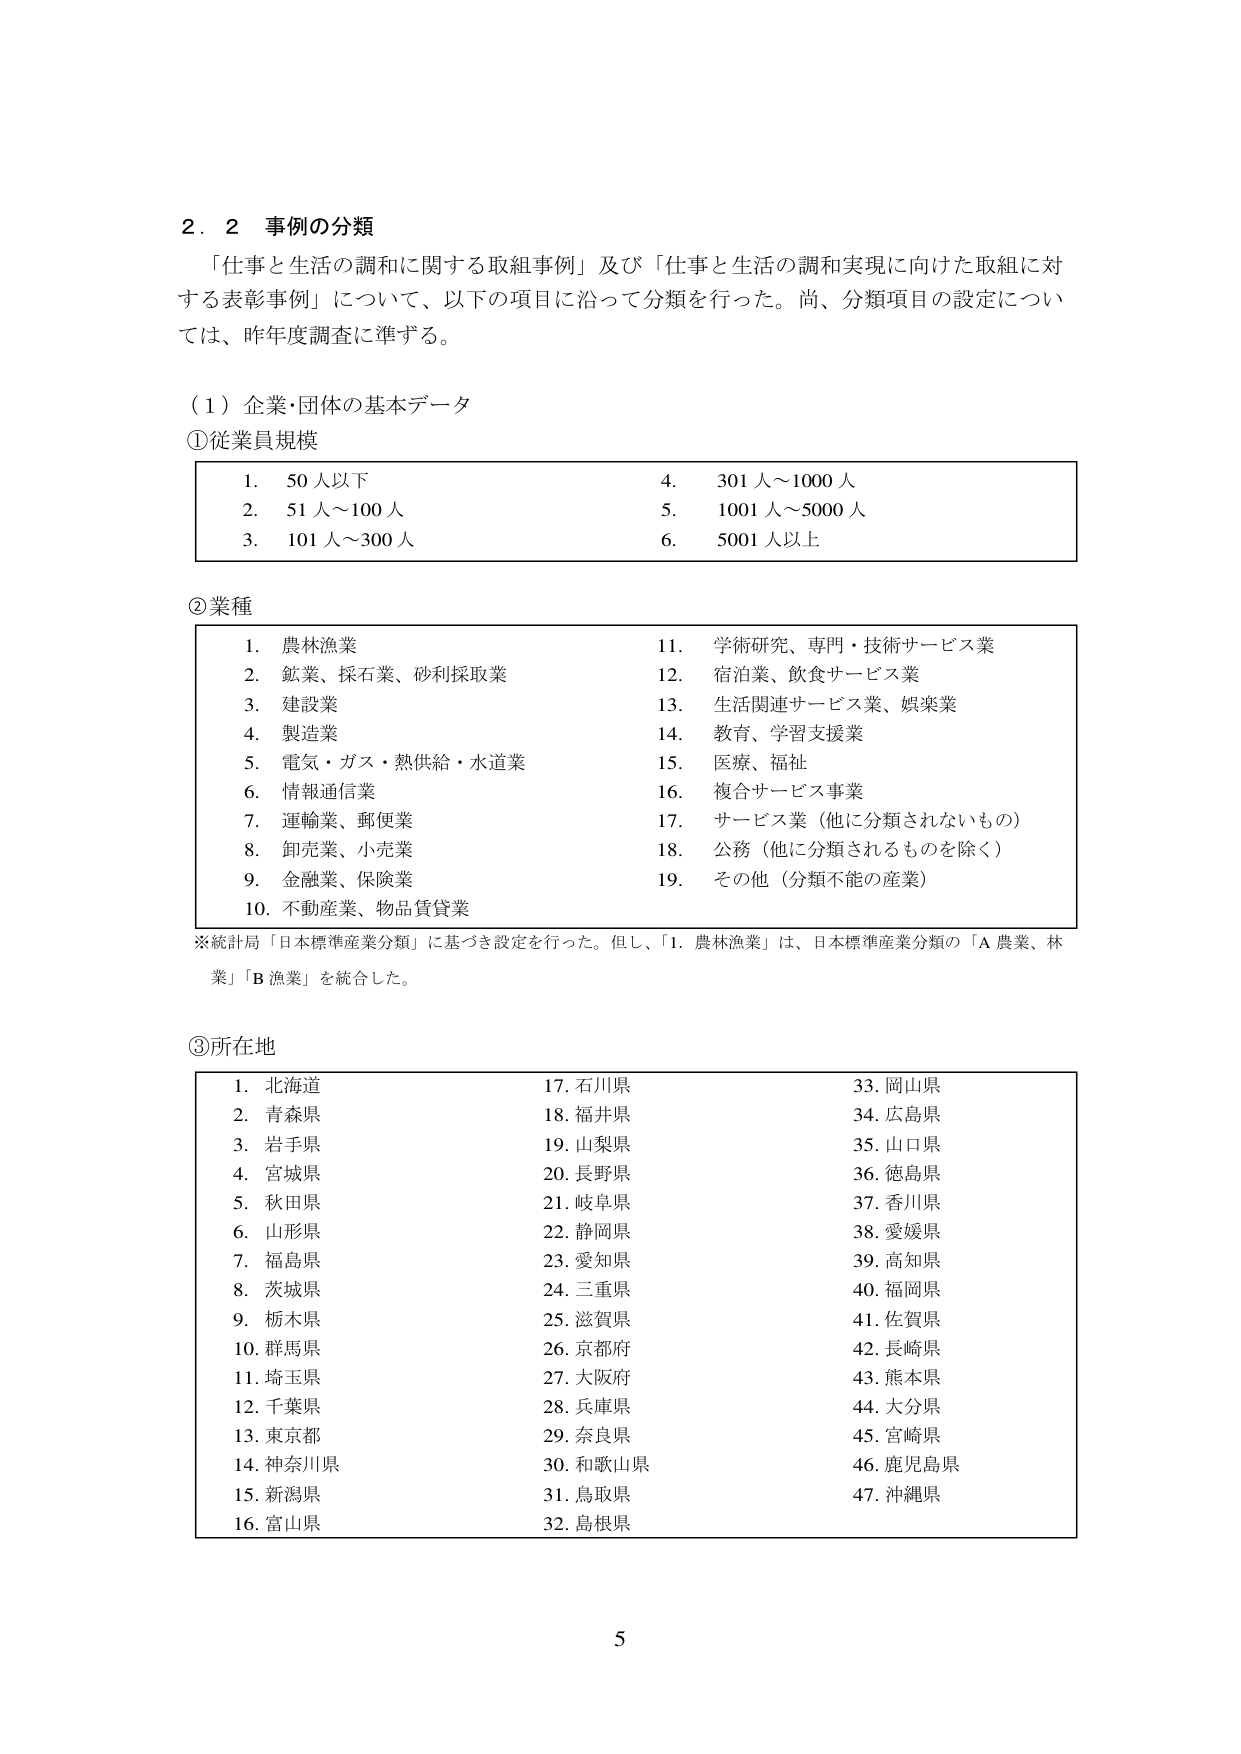
2．2 事例の分類

「仕事と生活の調和に関する取組事例」及び「仕事と生活の調和実現に向けた取組に対する表彰事例」について、以下の項目に沿って分類を行った。尚、分類項目の設定については、昨年度調査に準ずる。

（1）企業・団体の基本データ

①従業員規模

1. 50人以下
2. 51人～100人
3. 101人～300人
4. 301人～1000人
5. 1001人～5000人
6. 5001人以上

②業種

1. 農林漁業
2. 鉱業、採石業、砂利採取業
3. 建設業
4. 製造業
5. 電気・ガス・熱供給・水道業
6. 情報通信業
7. 運輸業、郵便業
8. 卸売業、小売業
9. 金融業、保険業
10. 不動産業、物品賃貸業
11. 学術研究、専門・技術サービス業
12. 宿泊業、飲食サービス業
13. 生活関連サービス業、娯楽業
14. 教育、学習支援業
15. 医療、福祉
16. 複合サービス事業
17. サービス業（他に分類されないもの）
18. 公務（他に分類されるものを除く）
19. その他（分類不能の産業）

※統計局「日本標準産業分類」に基づき設定を行った。但し、「1. 農林漁業」は、日本標準産業分類の「A 農業、林業」「B 漁業」を統合した。

③所在地

1. 北海道
2. 青森県
3. 岩手県
4. 宮城県
5. 秋田県
6. 山形県
7. 福島県
8. 茨城県
9. 栃木県
10. 群馬県
11. 埼玉県
12. 千葉県
13. 東京都
14. 神奈川県
15. 新潟県
16. 富山県
17. 石川県
18. 福井県
19. 山梨県
20. 長野県
21. 岐阜県
22. 静岡県
23. 愛知県
24. 三重県
25. 滋賀県
26. 京都府
27. 大阪府
28. 兵庫県
29. 奈良県
30. 和歌山県
31. 鳥取県
32. 島根県
33. 岡山県
34. 広島県
35. 山口県
36. 徳島県
37. 香川県
38. 愛媛県
39. 高知県
40. 福岡県
41. 佐賀県
42. 長崎県
43. 熊本県
44. 大分県
45. 宮崎県
46. 鹿児島県
47. 沖縄県

5